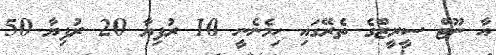
އާ ނޫޓް ސީރީޒްގެ ތެރޭގައި ހިމެނެނީ 10 ރުފިޔާ 20 ރުފިޔާ 50